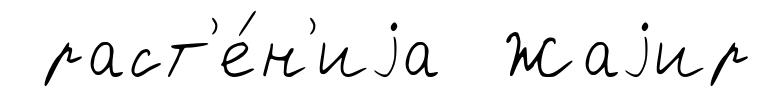
раст'е́н'иjа Жаjир